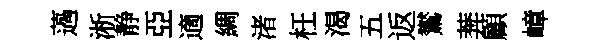
薖淅静亞適綢渚枉渴五返鸑莾顧嶂